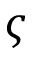
\varsigma